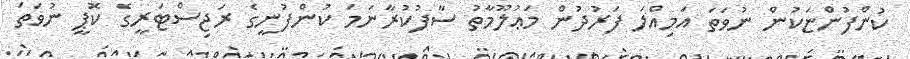
ކުންފުންޏަކުން ނުވަތަ އަމިއްލަ ފަރުދުން މަޢުލޫމާތު ސާފުކުރާނަމަ ކުންފުނީގެ ރަޖިސްޓަރީގެ ކޮޕީ ނުވަތަ